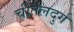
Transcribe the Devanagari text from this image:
चीतलदुर्ग